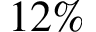
1 2 \%